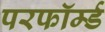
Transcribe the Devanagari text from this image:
परफॉर्म्ड